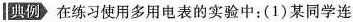
典例 在练习使用多用电表的实验中：(1)某同学连